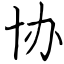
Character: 协